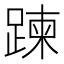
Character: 𨃀